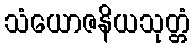
သံယောဇနိယသုတ္တံ